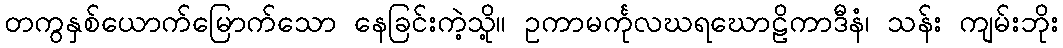
တကွနှစ်ယောက်မြောက်သော နေခြင်းကဲ့သို့။ ဥကာမင်္ကုလဃရဃောဠိကာဒီနံ၊ သန်း ကျမ်းဘိုး